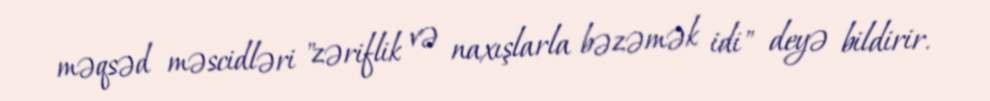
məqsəd məscidləri "zəriflik və naxışlarla bəzəmək idi" deyə bildirir.